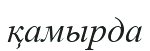
қамырда